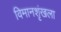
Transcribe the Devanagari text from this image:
विमानशृंखला